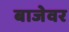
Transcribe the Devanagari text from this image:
बाजेवर